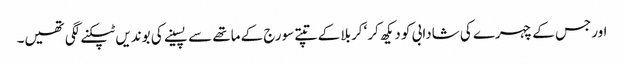
اورجس کے چہرے کی شادابی کو دیکھ کر‘ کربلا کے تپتے سورج کے ماتھے سے پسینے کی بوندیں ٹپکنے لگی تھیں۔